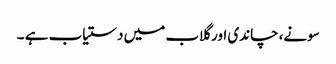
سونے، چاندی اور گلاب میں دستیاب ہے ۔